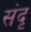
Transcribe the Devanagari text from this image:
संदृ